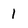
Character: 1